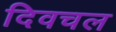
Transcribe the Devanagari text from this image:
दिवचल